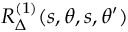
R _ { \Delta } ^ { ( 1 ) } ( s , \theta , s , \theta ^ { \prime } )